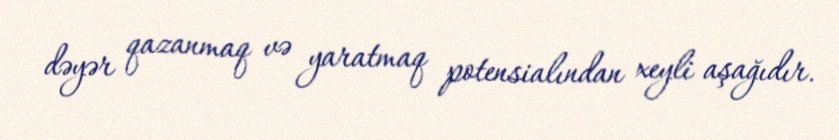
dəyər qazanmaq və yaratmaq potensialından xeyli aşağıdır.